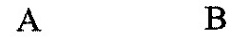
A B